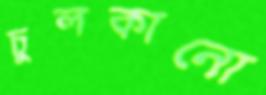
চুলকানো